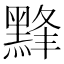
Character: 𱋸